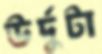
উর্দুটা